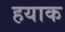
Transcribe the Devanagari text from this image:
हयाक